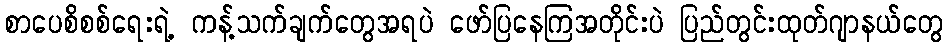
စာပေစိစစ်ရေးရဲ့ ကန့်သက်ချက်တွေအရပဲ ဖော်ပြနေကြအတိုင်းပဲ ပြည်တွင်းထုတ်ဂျာနယ်တွေ